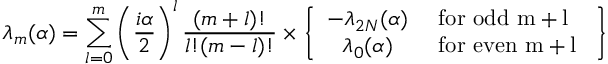
\lambda _ { m } ( \alpha ) = \sum _ { l = 0 } ^ { m } \left( { \frac { i \alpha } { 2 } } \right) ^ { l } { \frac { ( m + l ) ! } { l ! ( m - l ) ! } } \times \left\{ \begin{array} { c l } { { - \lambda _ { 2 N } ( \alpha ) } } & { { \mathrm { ~ f o r ~ o d d ~ m + l ~ } } } \\ { { \lambda _ { 0 } ( \alpha ) } } & { { \mathrm { ~ f o r ~ e v e n ~ m + l ~ } } } \end{array} \right\}